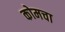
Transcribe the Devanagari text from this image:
कोमचा